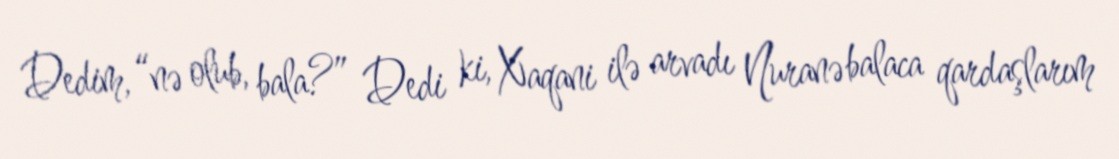
Dedim, “nə olub, bala?” Dedi ki, Xaqani ilə arvadı Nuranə balaca qardaşlarım